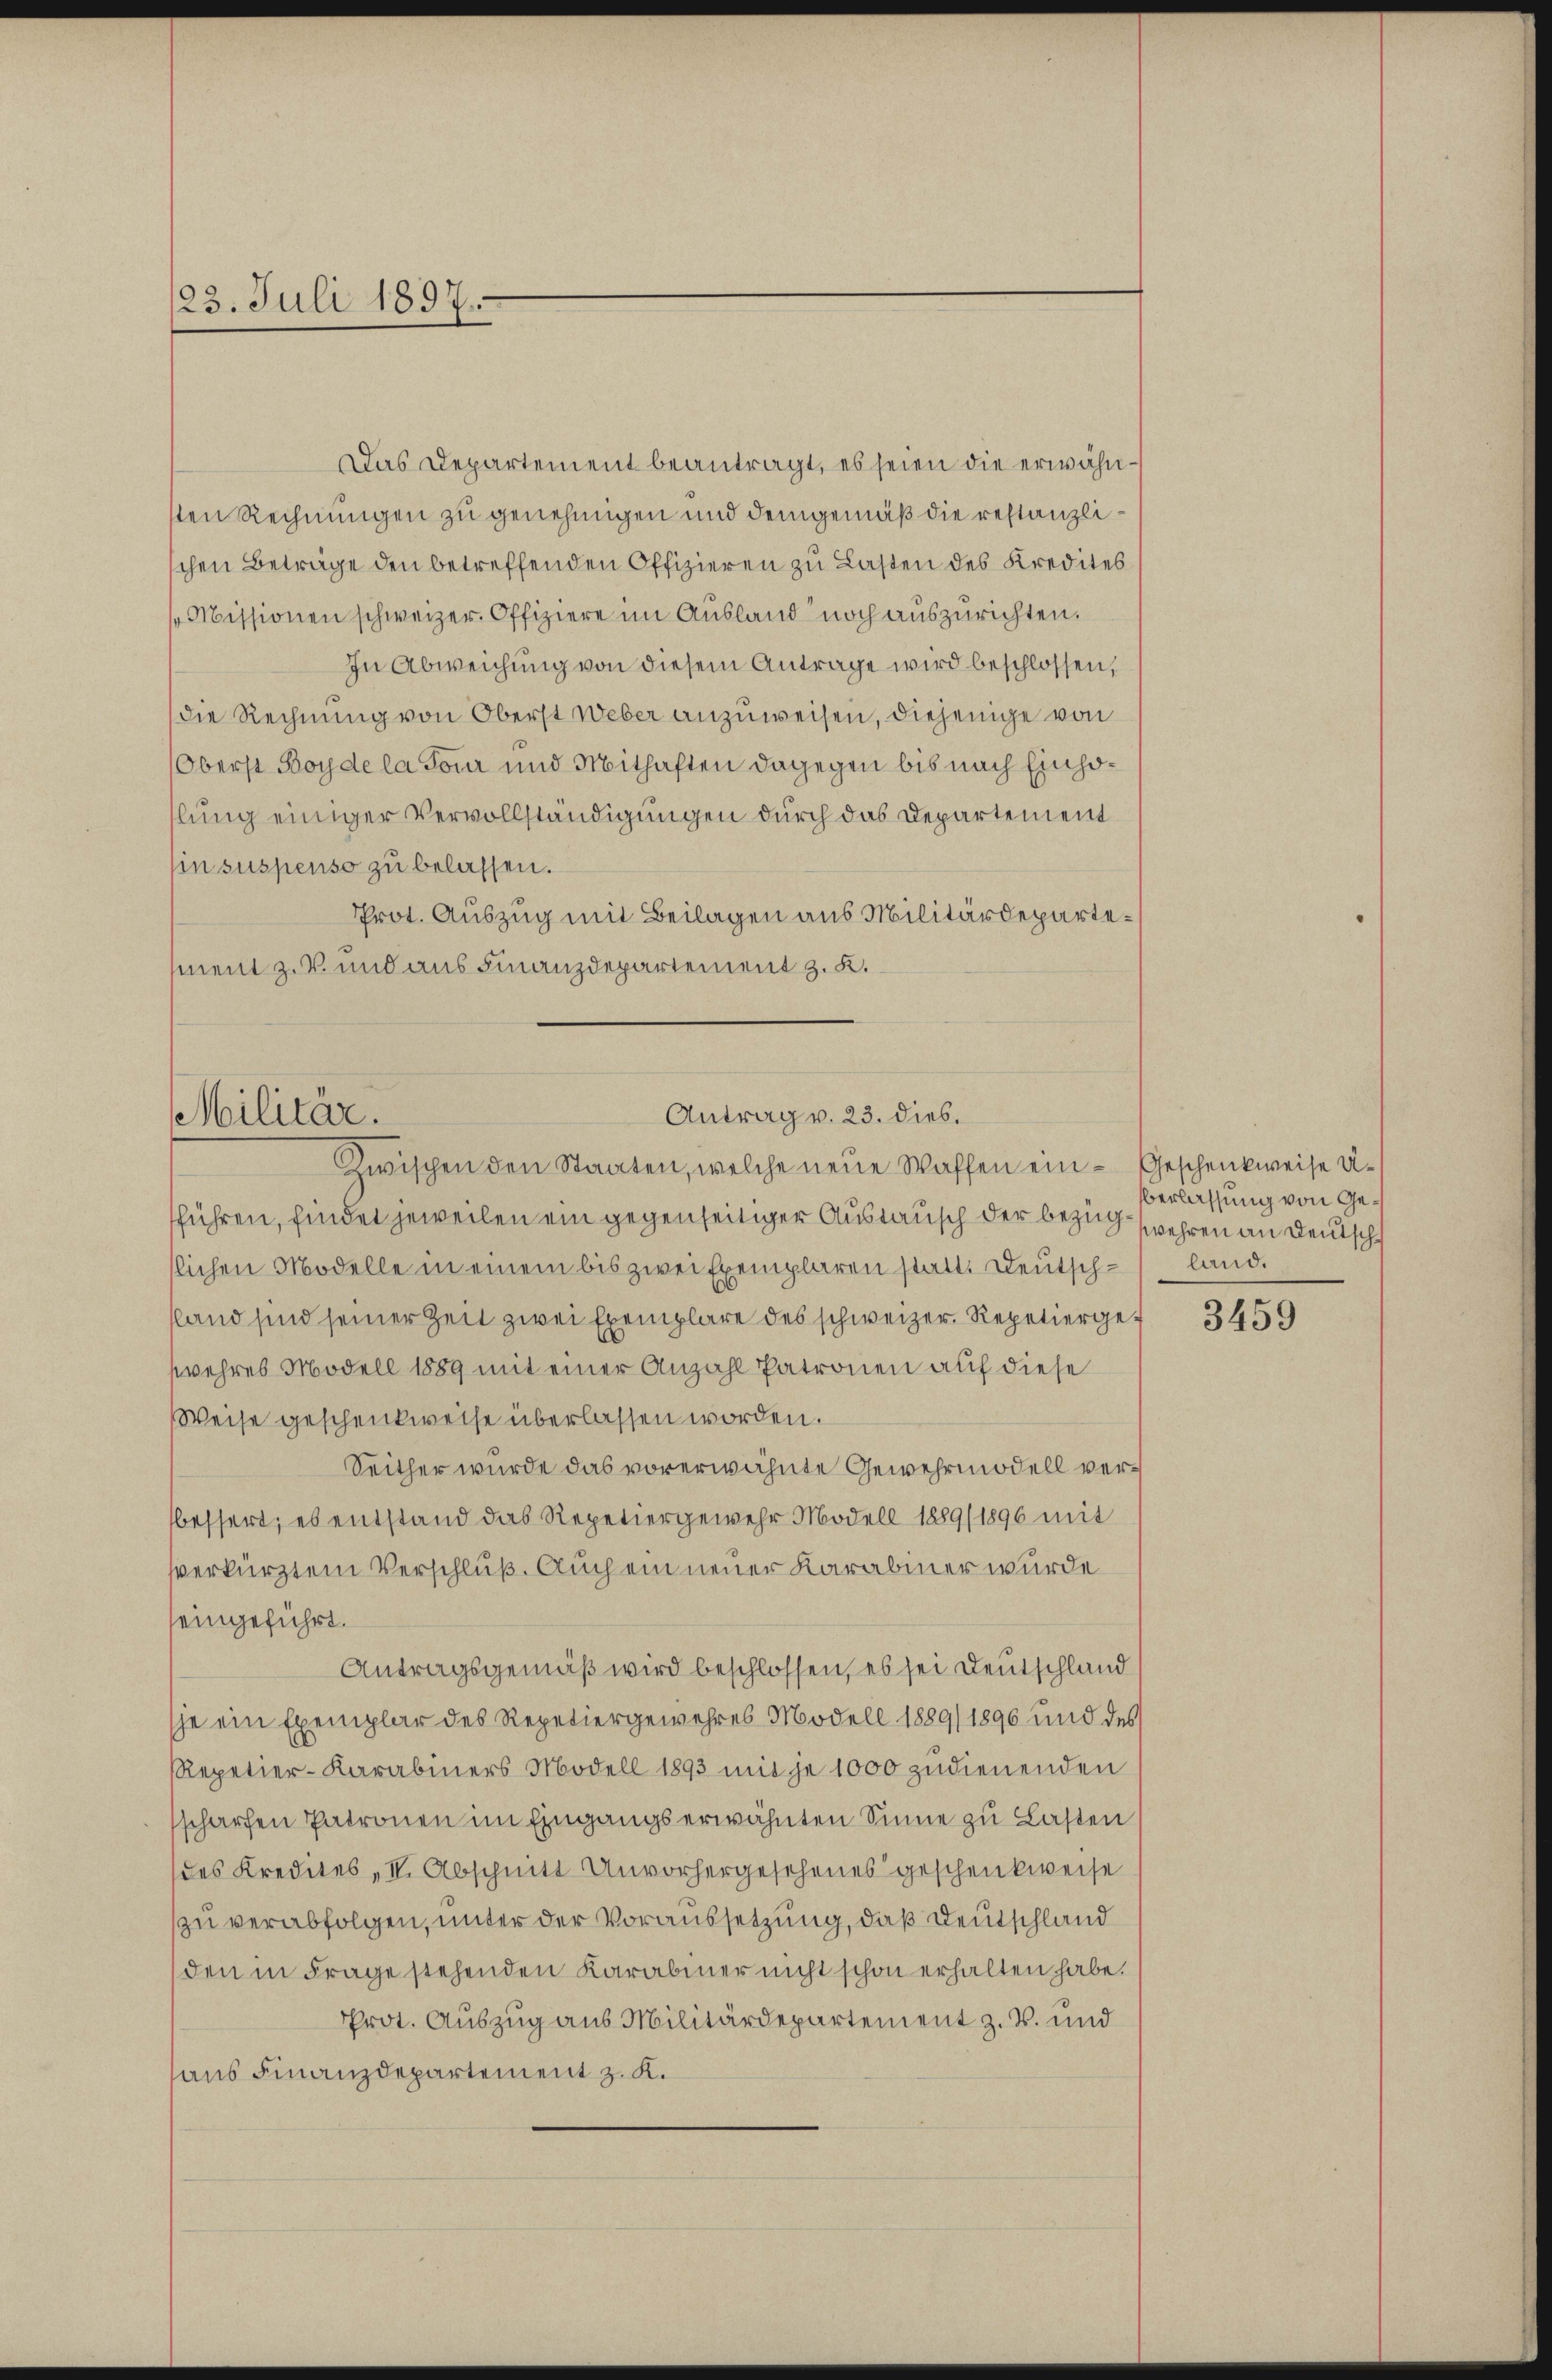
123. Juli 1897.

Das Departement beantragt, es seien die erwähnsten Rechnungen zu genehmigen und demgemäß die restanzlischen Beträge den betreffenden Offizieren zu Lasten des Kredites
Missionen schweizer. Offiziere im Ausland noch auszurichten.
In Abweichung von diesem Antrage wird beschlossen,
die Rechnung von Oberst Weber anzuweisen, diejenige von
Oberst Boyde la Tour und Mithaften dagegen bis nach Einhohlung einiger Vervollständigungen durch das Departement
sin suspenso zu belassen.
Prot. Auszug mit Beilagen aus Militärdepartement z. B. und aus Finanzdepartement z. K.

Antrag v. 23. dies.
Militär.
Zwischen den Staaten, welche neue Waffen ein- Geschenkweise U¬

führen, findet jeweilen ein gegenseitiger Austausch der Bezug wahren an Deutsch
slichen Modelle in einem bis zwei Exemplaren statt. Deutsch-land.
land sind seiner Zeit zwei Exemplare des schweizer Repetiergewehres Modell 1889 mit einer Anzahl Patronen auf diese
Weise geschenkweise überlassen worden.
Seither wurde das vorerwähnte Gewehrmodell verbessert, es entstand das Repetiergewehr Modell 1889/ 1896 mit
sverkürztem Verschluß. Auch ein neuer Karabiner wurde
seingeführt.
Antragsgemäß wird beschlossen, es sei Deutschland
he ein Exemplar des Repetiergewehres Modell 1889/ 1896 und des
RRepetier-Karabiners Modell 1893 mit je 1000 zudienenden
sscharfen Patronen im Eingangserwähnten Sinne zu Lasten
des Kredites, II. Abschnitt Unvorhergesehenes Geschenkweise
zu verabfolgen, unter der Voraussetzung, daß Deutschland
den in Frage stehenden Karabiner nicht schon erhalten habe.
Prot. Auszug aus Militärdepartement z. B. und
aus Finanzdepartement z. K.

berlassung von Ge¬

3459